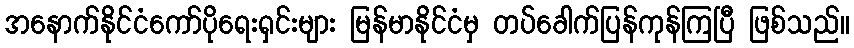
အနောက်နိုင်ငံကော်ပိုရေးရှင်းများ မြန်မာနိုင်ငံမှ တပ်ခေါက်ပြန်ကုန်ကြပြီ ဖြစ်သည်။